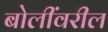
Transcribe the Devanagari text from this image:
बोलींवरील